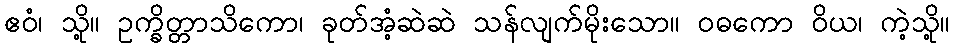
ဧဝံ၊ သို့။ ဥက္ခိတ္တာသိကော၊ ခုတ်အံ့ဆဲဆဲ သန်လျက်မိုးသော။ ဝဓကော ဝိယ၊ ကဲ့သို့။